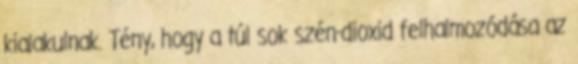
kialakulnak. Tény, hogy a túl sok szén-dioxid felhalmozódása az